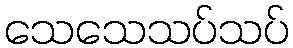
သေသေသပ်သပ်